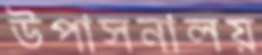
উপাসনালয়